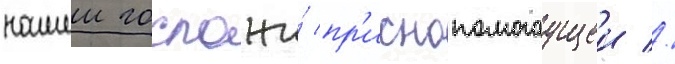
нашеи госпожи́ пр'иснопомогаущеи //